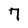
Character: 7